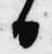
日